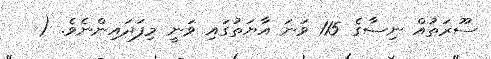
ސޫރަތުއް ނިސާގެ 115 ވަނަ އާޔަތުގައި ވަނީ މިފަދައިންނެވެ. (